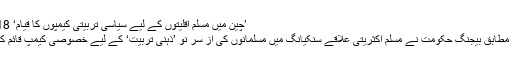
’چین میں مسلم اقلیتوں کے لیے سیاسی تربیتی کیمپوں کا قیام‘ 22.06.2018
رپورٹوں کے مطابق بیجنگ حکومت نے مسلم اکثریتی علاقے سنکیانگ میں مسلمانوں کی از سر نو ’ذہنی تربیت‘ کے لیے خصوصی کیمپ قائم کر رکھے ہیں۔